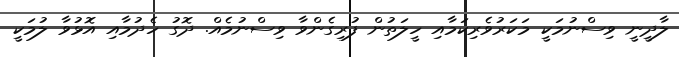
ލާދީނީ ވިސްނުމަކީ މަކަރުވެރިކަމާއި ހީލަތުން ފުރިގެންވާ ވިސްނުމެއް. ދޮގު ހެދުމާއި އޮޅުވާ ލުމަކީ